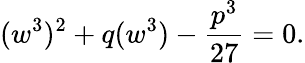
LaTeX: (w^{3})^{2}+q(w^{3})-{\frac{p^{3}}{27}}=0.